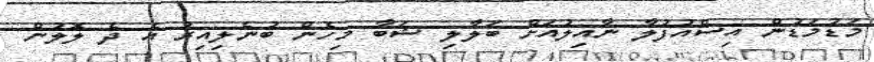
މަޑުމަޑުން އިސްއުފުލާ ނާއިލުއަށް ބަލާލި ޝަބާ މިހެން ބުނެލިއިރު އެ ދެ ލޮލުން